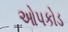
ઓપકોડ